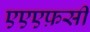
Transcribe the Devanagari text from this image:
एएएफ़सी